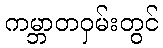
ကမ္ဘာတဝှမ်းတွင်